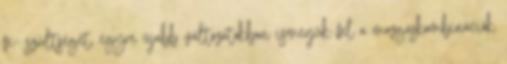
fe- szültséget, egyre újabb változatokban ismerjük fel a mozgáskombinációk